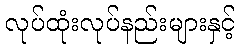
လုပ်ထုံးလုပ်နည်းများနှင့်